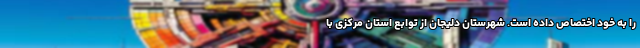
را به خود اختصاص داده است. شهرستان دلیجان از توابع استان مرکزی با